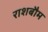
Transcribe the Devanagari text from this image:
राशबौम